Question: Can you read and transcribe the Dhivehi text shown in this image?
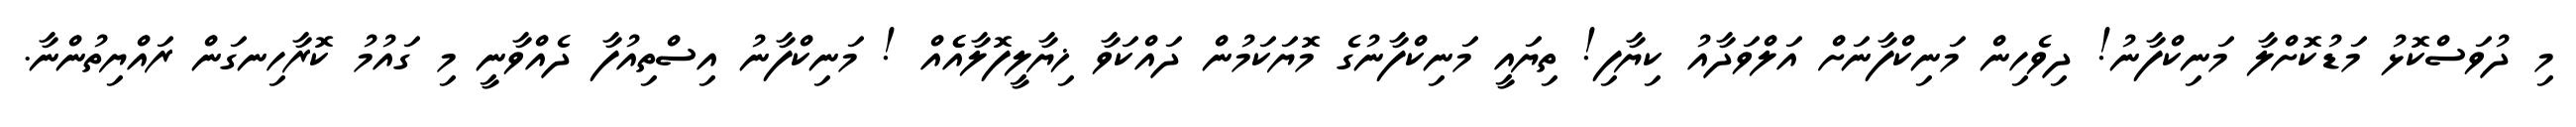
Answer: މި ދުވަސްކޮޅު މަޑުކޮށްލާ މަނިކްފާނު! ދިވެހިން މަނިކްފާނަށް އަލްވަދާއު ކިޔާފި! ތިޔައީ މަނިކްފާނުގެ މޮޔަކަމުން ދައްކަވާ ޚިޔާލީފޮލާއެެއް ! މަނިކްފާނު އިސްތިއުފާ ދެއްވާނީ މި ގައުމު ކޮރާހިނގަން ރައްޔިތުންނާ.